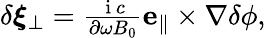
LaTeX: \begin{array}{r}{\delta\boldsymbol{\xi}_{\perp}=\frac{\mathrm{~i~}c}{\partial\omega B_{0}}\mathbf{e}_{\parallel}\times\nabla\delta\phi,}\end{array}